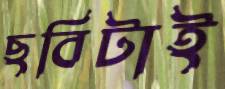
ছবিটাই